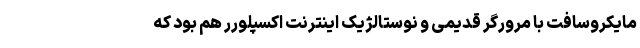
مایکروسافت با مرورگر قدیمی و نوستالژیک اینترنت اکسپلورر هم بود که